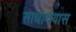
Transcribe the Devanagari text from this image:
साधावयास